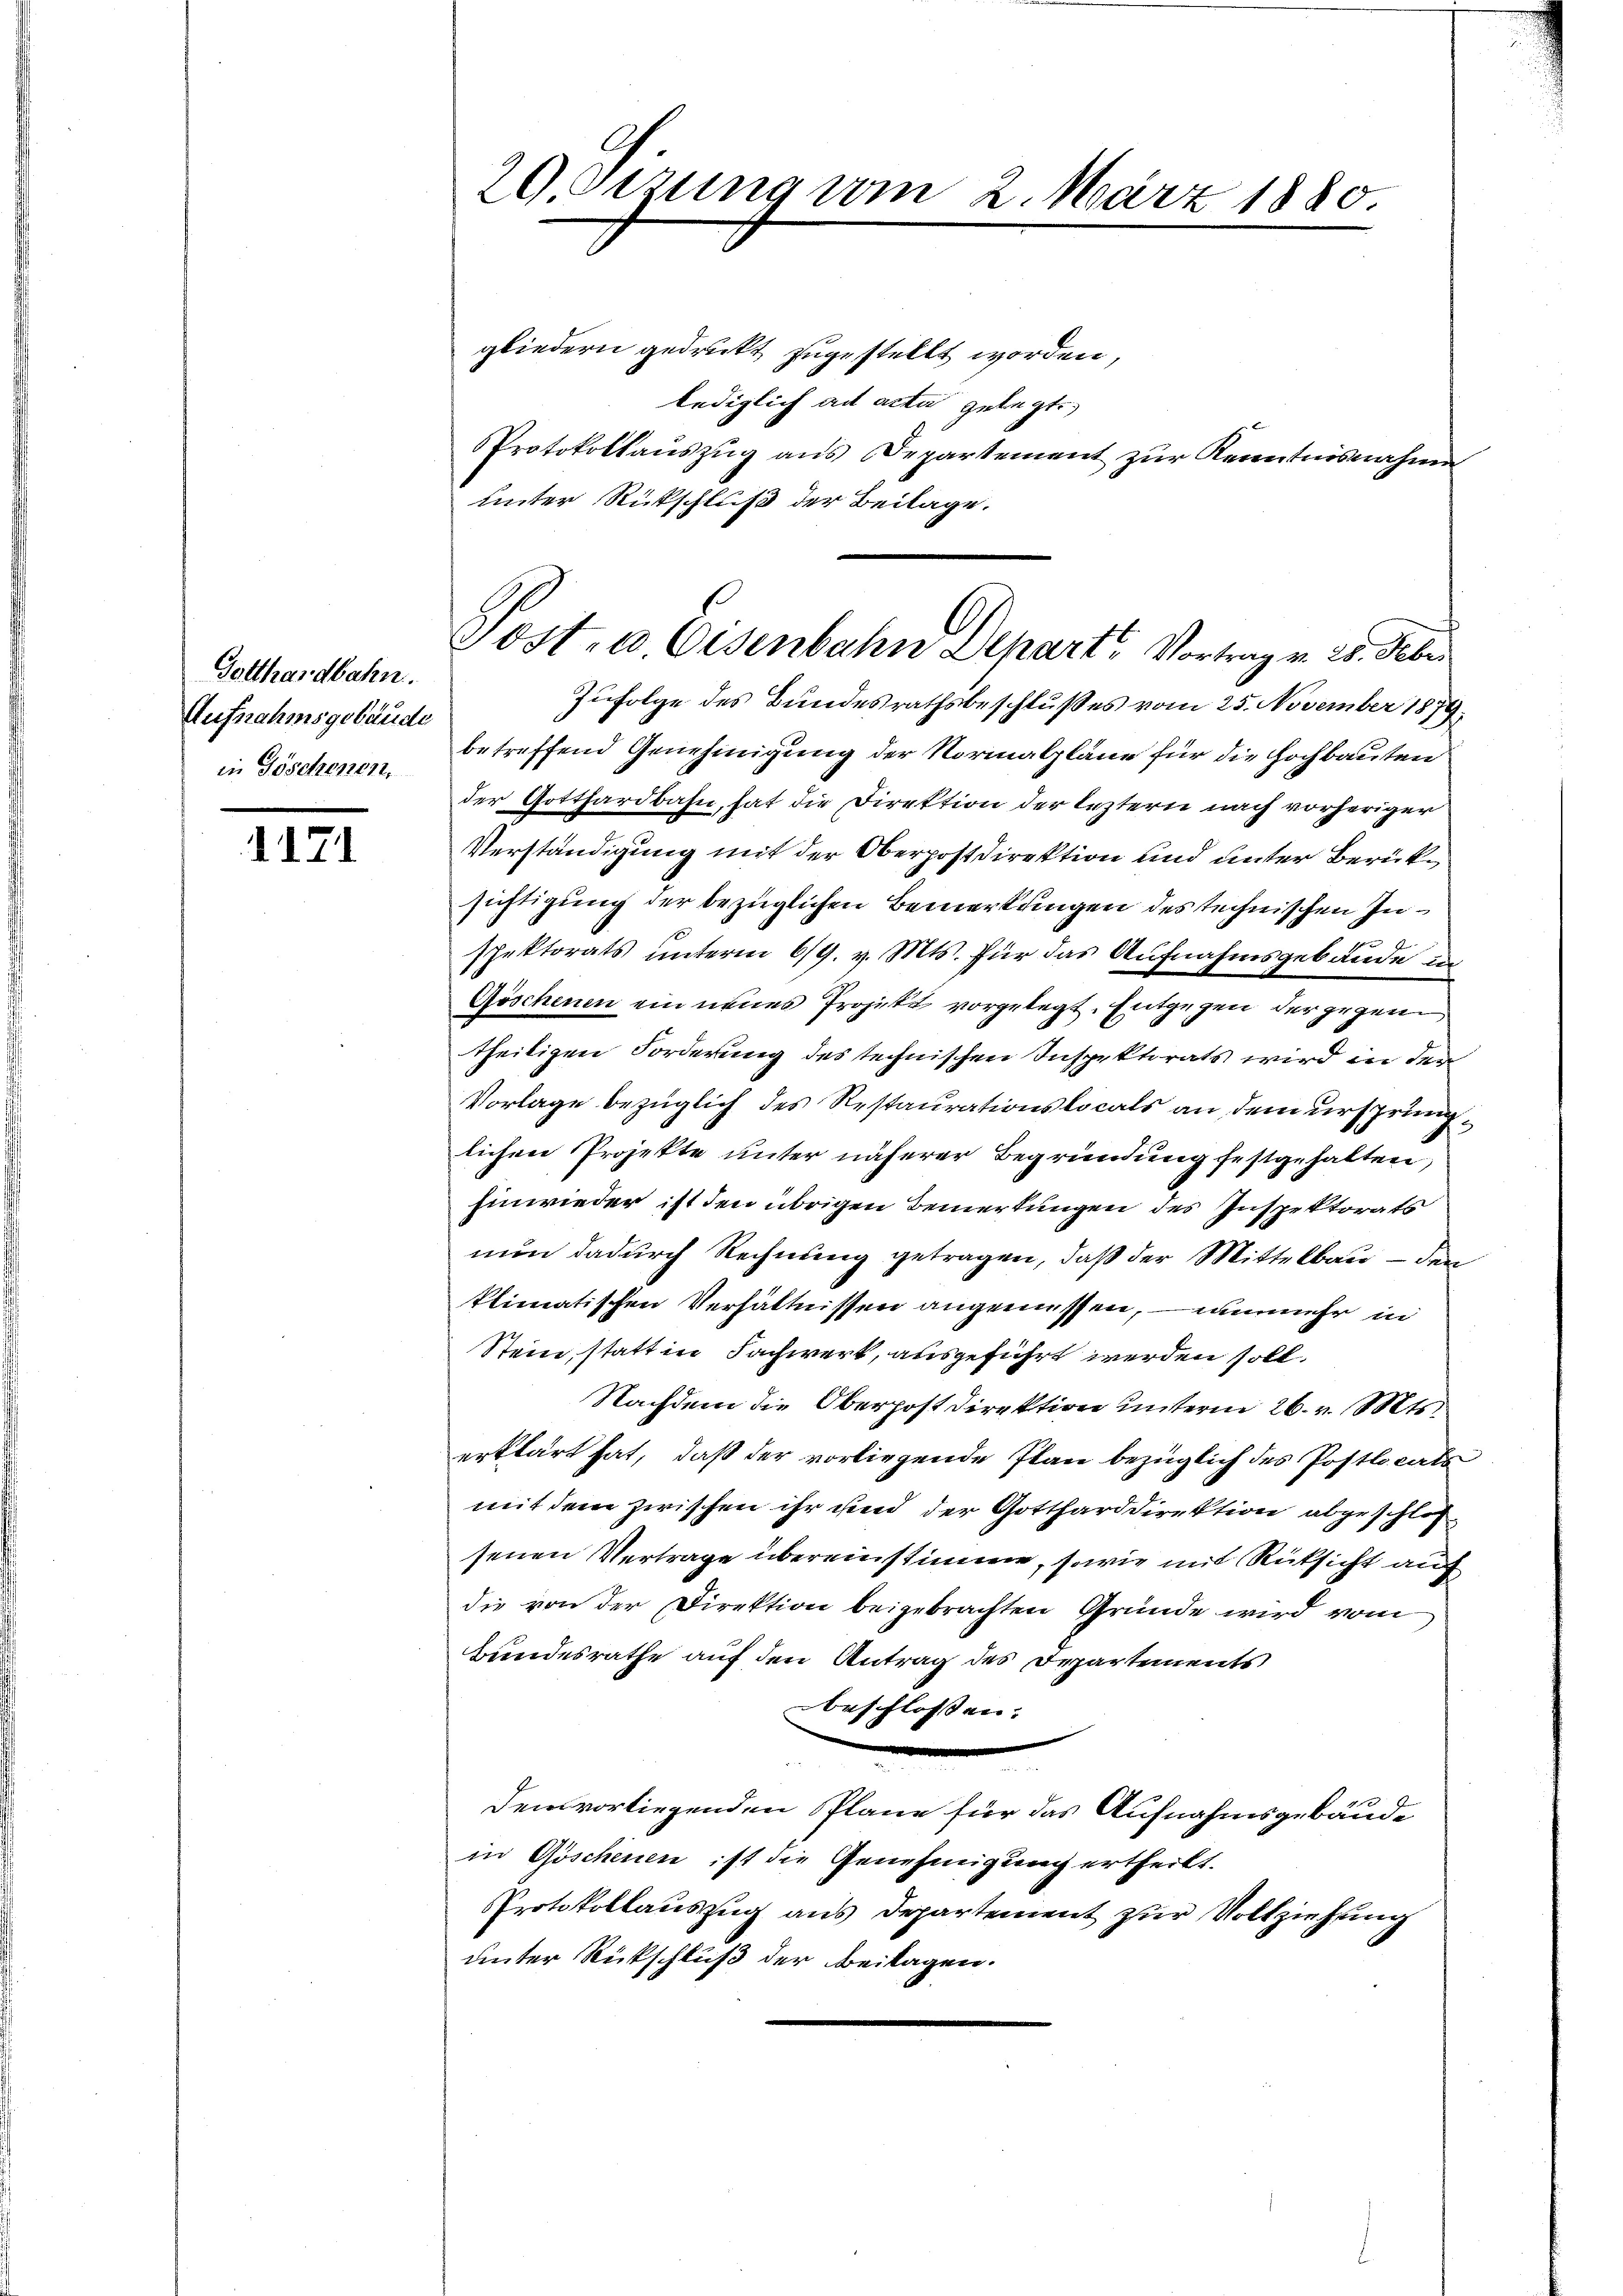
Gotthardbahn.
Aufnahmsgebäude
in Göschenen,

1171

gliedern gedruckt zugestellt worden,
lediglich ad acta gelegt.
Protokollauszug aus Departement zur Kenntnisnahme
unter Rückschluß der Beilage.

29 sezung vom 2. März 1880

Post- u. Eisenbahn Depart. Vortrag v. 28. Febr

Zufolge des Bundesrathsbeschlußes vom 25. November 1879.
betreffend Genehmigung der Normalpläne für die Hochbauten
der Gotthardbahn, hat die Direktion der leztern nach vorheriger
Verständigung mit der Oberpostdirektion und unter Berücksichtigung der bezüglichen Bemerkungen des technischen In¬

spektorats unterm 6/9. v. Mts. für das Aufnahmsgebäude i
Göschenen ein neues Projekt vorgelegt. Entgegen der gegen
theiligen Forderung des technischen Inspektorats wird in der
Vorlage bezüglich des Restaurationslocals an dem ursprünglichen Projekte unter näherer Begründung festgehalten,
Einwieder ist den übrigen Bemerkungen des Inspektorats
nun dadurch Rechnung getragen, daß der Mittelbau — den
klimatischen Verhältnissen angemessen, – nunmehr in
Stein statt in Sachwert, ausgeführt werden soll.
Nachdem die Oberpost Direktion unterm 26. v. Mts.
erklärt hat, daß der vorliegende Plan bezüglich des Postlocals
mit dem zwischen ihr und der Gottharddirektion abgeschloßsenen Vertrage übereinstimme, sowie mit Rüksicht auf
die von der Direktion beigebrachten Gründe wird vom
Bundesrathe auf den Antrag des Departements
beschlosssen:
Dem vorliegenden Pläne für das Aufnahmsgebäude
in Göschenen ist die Genehmigung ertheilt.
Protokollauszug aus Departement zur Vollziehung
unter Rückschluß der Beilagen.